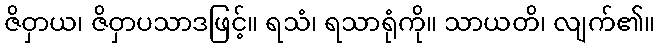
ဇိဝှာယ၊ ဇိဝှာပသာဒဖြင့်။ ရသံ၊ ရသာရုံကို။ သာယတိ၊ လျက်၏။